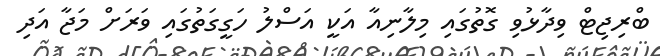
ބްރިޖިޓް ވިދާޅުވި ގޮތުގައި މިލާނިއާ އަކީ އަސްލު ހަގީގަތުގައި ވަރަށް މަޖާ އަދި